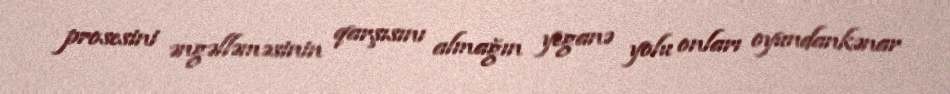
prosesini əngəlləməsinin qarşısını almağın yeganə yolu onları oyundankənar